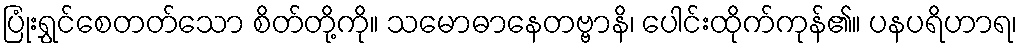
ပြုံးရွှင်စေတတ်သော စိတ်တို့ကို။ သမောဓာနေတဗ္ဗာနိ၊ ပေါင်းထိုက်ကုန်၏။ ပနပရိဟာရ၊